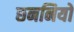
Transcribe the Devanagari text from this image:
छननियों